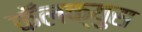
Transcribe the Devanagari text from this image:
कॅलक्युस